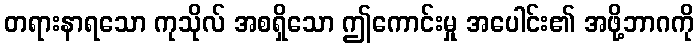
တရားနာရသော ကုသိုလ် အစရှိသော ဤကောင်းမှု အပေါင်း၏ အဖို့ဘာဂကို